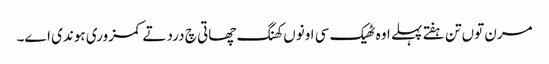
مرن توں تن ہفتے پہلے اوہ ٹھیک سی اونوں کھنگ چھاتی چ درد تے کمزوری ہوندی اے۔